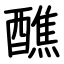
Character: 醮